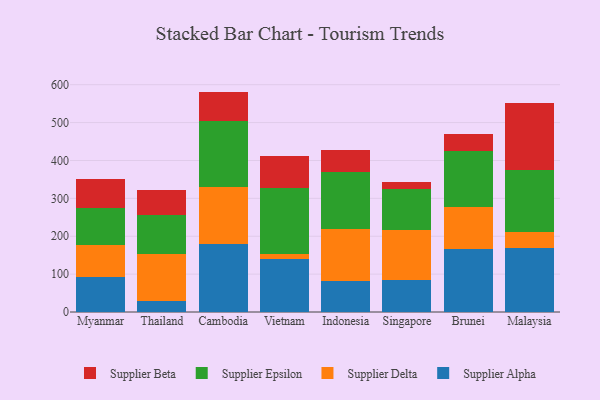
{"axis": {"x": "Country", "y": "Website Visitors"}, "legend": ["Supplier Alpha", "Supplier Beta", "Supplier Delta", "Supplier Epsilon"], "data": [{"x": "Myanmar", "y": 93.0, "type": "Supplier Alpha"}, {"x": "Myanmar", "y": 83.1, "type": "Supplier Delta"}, {"x": "Myanmar", "y": 98.3, "type": "Supplier Epsilon"}, {"x": "Myanmar", "y": 75.7, "type": "Supplier Beta"}, {"x": "Thailand", "y": 29.2, "type": "Supplier Alpha"}, {"x": "Thailand", "y": 124.1, "type": "Supplier Delta"}, {"x": "Thailand", "y": 102.5, "type": "Supplier Epsilon"}, {"x": "Thailand", "y": 65.3, "type": "Supplier Beta"}, {"x": "Cambodia", "y": 178.2, "type": "Supplier Alpha"}, {"x": "Cambodia", "y": 152.4, "type": "Supplier Delta"}, {"x": "Cambodia", "y": 173.8, "type": "Supplier Epsilon"}, {"x": "Cambodia", "y": 77.4, "type": "Supplier Beta"}, {"x": "Vietnam", "y": 141.1, "type": "Supplier Alpha"}, {"x": "Vietnam", "y": 11.1, "type": "Supplier Delta"}, {"x": "Vietnam", "y": 175.1, "type": "Supplier Epsilon"}, {"x": "Vietnam", "y": 83.9, "type": "Supplier Beta"}, {"x": "Indonesia", "y": 81.1, "type": "Supplier Alpha"}, {"x": "Indonesia", "y": 136.9, "type": "Supplier Delta"}, {"x": "Indonesia", "y": 150.5, "type": "Supplier Epsilon"}, {"x": "Indonesia", "y": 59.2, "type": "Supplier Beta"}, {"x": "Singapore", "y": 83.7, "type": "Supplier Alpha"}, {"x": "Singapore", "y": 131.6, "type": "Supplier Delta"}, {"x": "Singapore", "y": 110.2, "type": "Supplier Epsilon"}, {"x": "Singapore", "y": 17.8, "type": "Supplier Beta"}, {"x": "Brunei", "y": 166.2, "type": "Supplier Alpha"}, {"x": "Brunei", "y": 109.8, "type": "Supplier Delta"}, {"x": "Brunei", "y": 147.9, "type": "Supplier Epsilon"}, {"x": "Brunei", "y": 45.6, "type": "Supplier Beta"}, {"x": "Malaysia", "y": 169.2, "type": "Supplier Alpha"}, {"x": "Malaysia", "y": 42.4, "type": "Supplier Delta"}, {"x": "Malaysia", "y": 163.2, "type": "Supplier Epsilon"}, {"x": "Malaysia", "y": 176.9, "type": "Supplier Beta"}]}